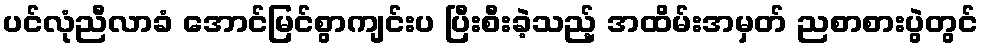
ပင်လုံညီလာခံ အောင်မြင်စွာကျင်းပ ပြီးစီးခဲ့သည့် အထိမ်းအမှတ် ညစာစားပွဲတွင်